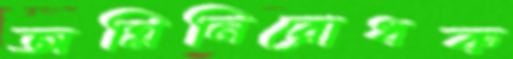
অগ্নিনিরোধক